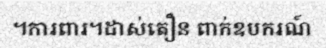
។ការពារ។ដាស់តឿន ពាក់ឧបករណ៍